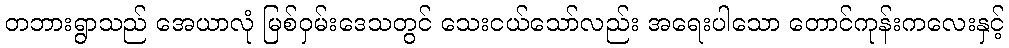
တဘားရွာသည် အေယာလုံ မြစ်ဝှမ်းဒေသတွင် သေးငယ်သော်လည်း အရေးပါသော တောင်ကုန်းကလေးနှင့်